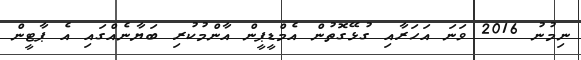
ނިމުނު 2016 ވަނަ އަހަރާއި ގުޅޭގޮތުން އެމްޑީޕީން އާންމުކުރި ބަޔާނެއްގައި އެ ޕާޓީން